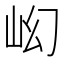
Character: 𡵿